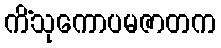
ကိံသုကောပမဇာတက